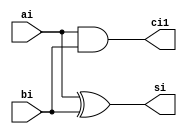
module halfadder(output si, output ci1, input ai, input bi);
	assign si = ai ^ bi;
	assign ci1 = ai & bi;
endmodule